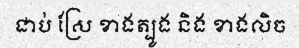
ជាប់ ស្រែ ខាងត្បូង និង ខាងលិច